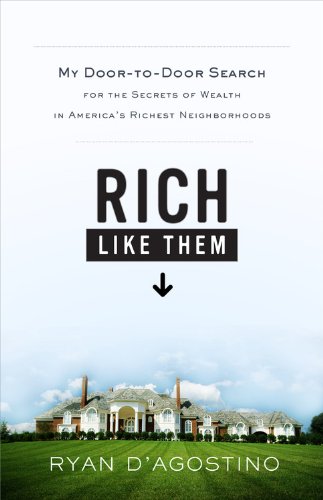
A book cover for Rich Like Them: My Door-to-Door Search for the Secrets of Wealth in America's Richest Neighborhoods; Ryan D'Agostino; Business & Money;